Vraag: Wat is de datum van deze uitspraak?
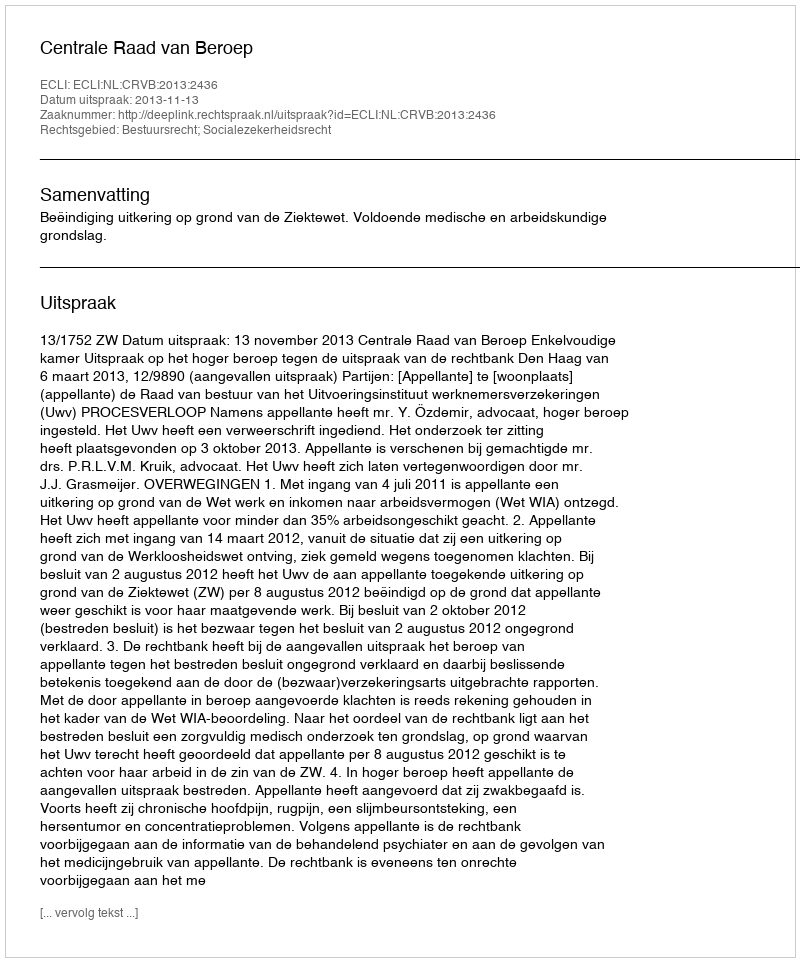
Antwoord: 2013-11-13